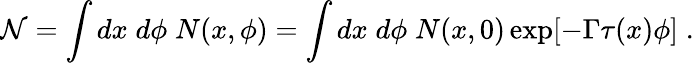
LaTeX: \mathcal{N}=\int dx\; d\phi\; N(x,\phi)=\int dx\; d\phi\; N(x,0)\exp[-\Gamma\tau(x)\phi]\; .